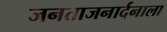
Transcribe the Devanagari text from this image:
जनताजनार्दनाला